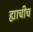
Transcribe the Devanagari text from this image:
ह्याचीच